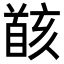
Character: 𩠚